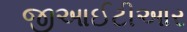
જીઆઈટીઆર